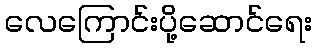
လေကြောင်းပို့ဆောင်ရေး